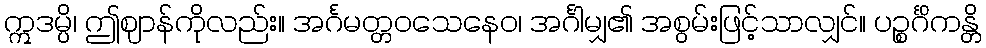
ဣဒမ္ပိ၊ ဤဈာန်ကိုလည်း။ အင်္ဂမတ္တဝသေနေဝ၊ အင်္ဂါမျှ၏ အစွမ်းဖြင့်သာလျှင်။ ပဉ္စင်္ဂိကန္တိ